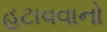
હટાવવાનો